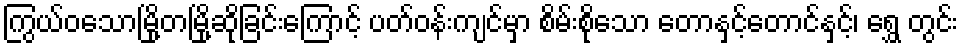
ကြွယ်ဝသောမြို့တမြို့ဆိုခြင်းကြောင့် ပတ်ဝန်းကျင်မှာ စိမ်းစိုသော တောနှင့်တောင်နှင့်၊ ရွှေ တွင်း